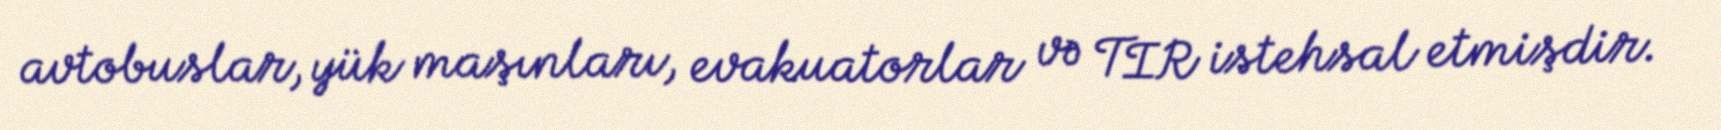
avtobuslar, yük maşınları, evakuatorlar və TIR istehsal etmişdir.